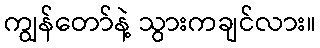
ကျွန်တော်နဲ့ သွားကချင်လား။